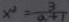
x ^ { 2 } = \frac { 3 } { a + 1 }